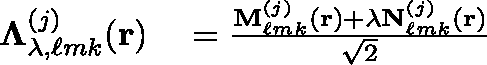
\begin{array} { r l } { \mathbf { \Lambda } _ { \lambda , \ell m k } ^ { ( j ) } ( \mathbf { r } ) } & { { } = \frac { \mathbf { M } _ { \ell m k } ^ { ( j ) } ( \mathbf { r } ) + \lambda \mathbf { N } _ { \ell m k } ^ { ( j ) } ( \mathbf { r } ) } { \sqrt { 2 } } } \end{array}